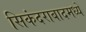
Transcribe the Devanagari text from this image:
सिकंदराबादमध्ये